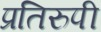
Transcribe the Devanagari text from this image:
प्रतिरुपी